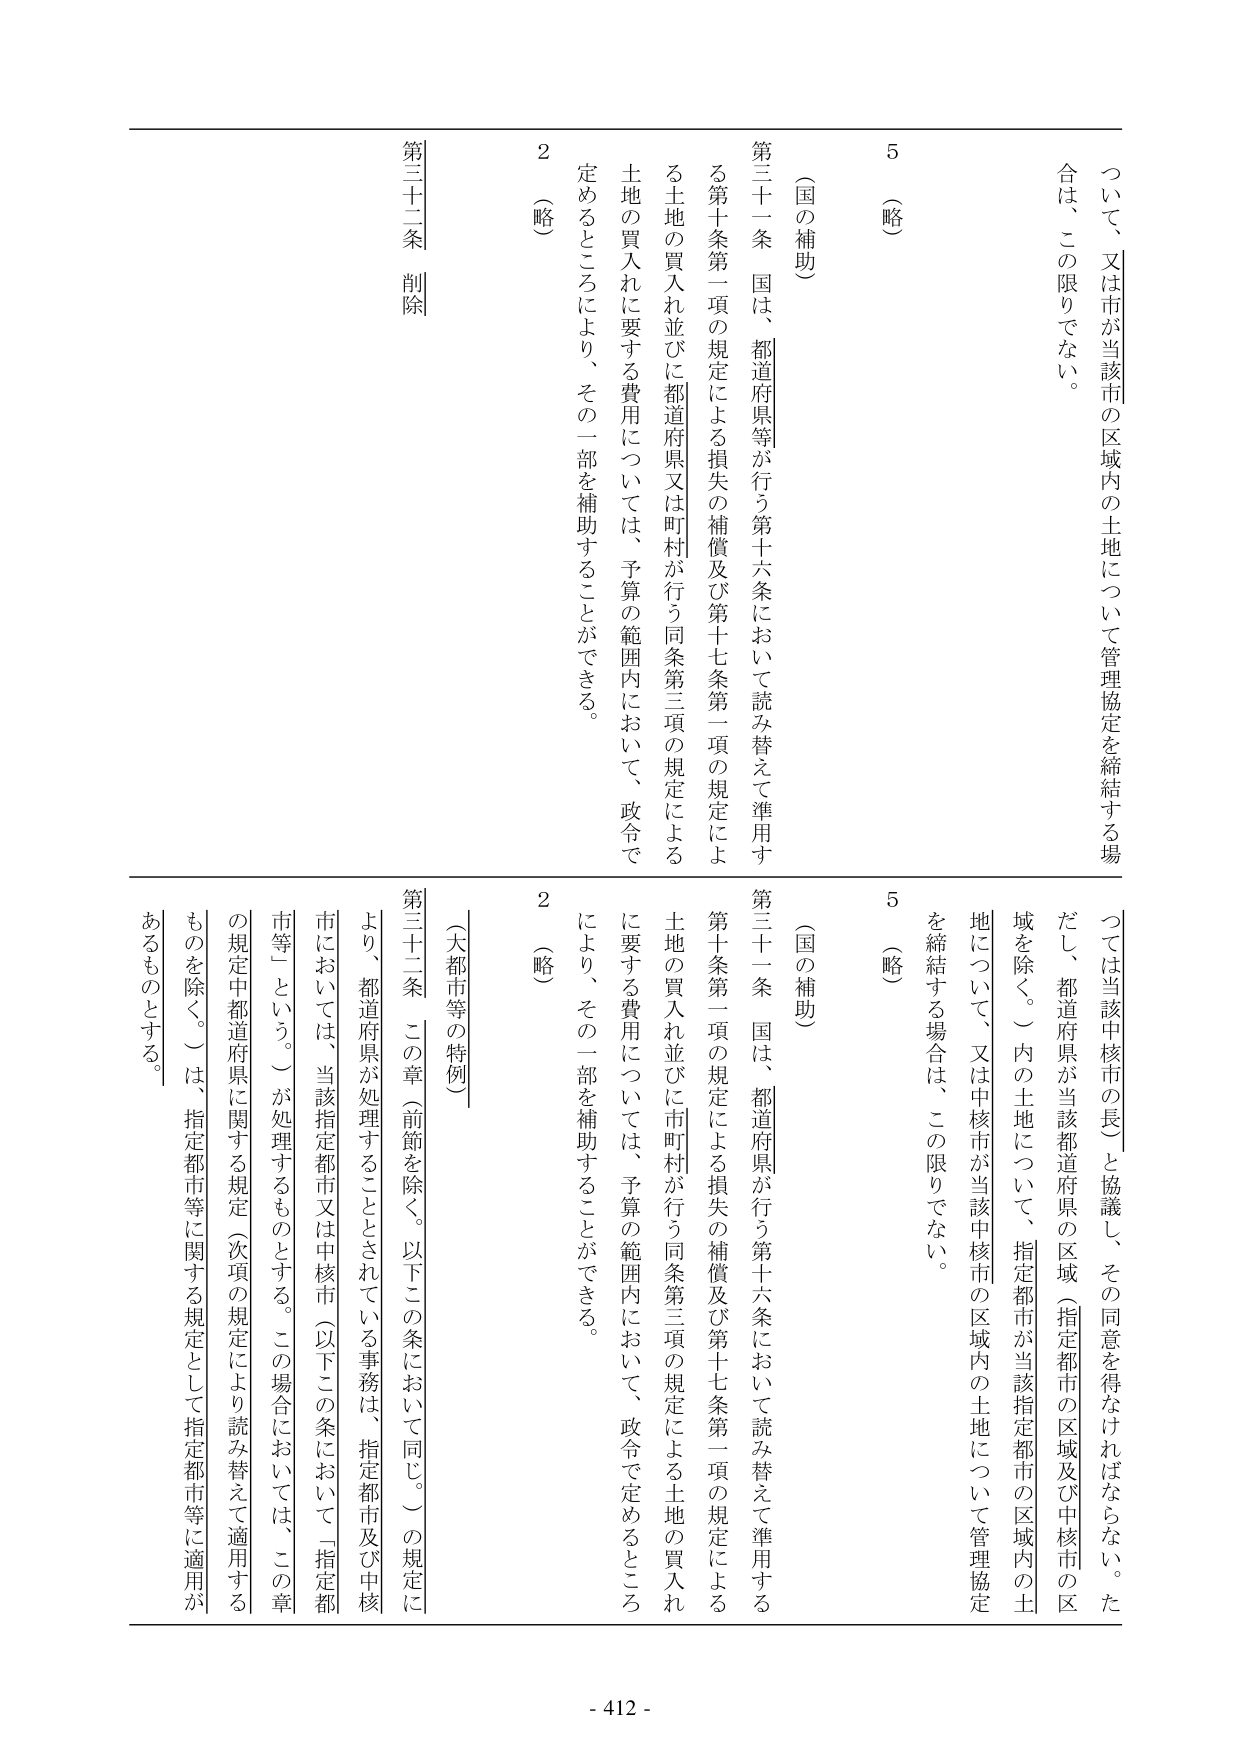
ついて、又は市が当該市の区域内の土地について管理協定を締結する場合は、この限りでない。

（略）

5

（国の補助）

第三十一条 国は、都道府県等が行う第十六条において読み替えて準用する第十条第一項の規定による損失の補償及び第十七条第一項の規定による土地の買入れ並びに都道府県又は町村が行う同条第三項の規定による土地の買入れに要する費用については、予算の範囲内において、政令で定めるところにより、その一部を補助することができる。

2 （略）

第三十二条 削除

ついては当該中核市の長と協議し、その同意を得なければならない。ただし、都道府県が当該都道府県の区域（指定都市の区域及び中核市の区域を除く。）内の土地について、指定都市が当該指定都市の区域内の土地について、又は中核市が当該中核市の区域内の土地について管理協定を締結する場合は、この限りでない。

（略）

5

（国の補助）

第三十一条 国は、都道府県が行う第十六条において読み替えて準用する第十条第一項の規定による損失の補償及び第十七条第一項の規定による土地の買入れ並びに市町村が行う同条第三項の規定による土地の買入れに要する費用については、予算の範囲内において、政令で定めるところにより、その一部を補助することができる。

2 （略）

（大都市等の特例）

第三十二条 この章（前節を除く。以下この条において同じ。）の規定により、都道府県が処理することとされている事務は、指定都市及び中核市においては、当該指定都市又は中核市（以下この条において「指定都市等」という。）が処理するものとする。この場合においては、この章の規定中都道府県に関する規定（次項の規定により読み替えて適用するものを除く。）は、指定都市等に関する規定として指定都市等に適用があるものとする。

- 412 -